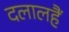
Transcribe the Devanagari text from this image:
दलालहैं